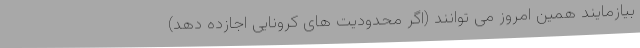
بیازمایند همین امروز می توانند (اگر محدودیت های کرونایی اجازده دهد)